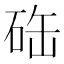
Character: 𥒋